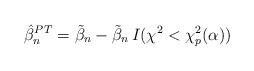
LaTeX: \begin{align*}\hat{\beta}_n^{PT} = \tilde{\beta}_n -\tilde{\beta}_n \, I(\chi^2 < \chi^2_p(\alpha))\end{align*}